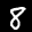
Label: 8